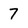
Character: 7